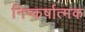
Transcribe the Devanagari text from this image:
निष्कर्षात्मक